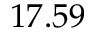
1 7 . 5 9